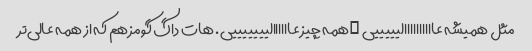
مثل همیشه عاااااااااالیییییی …همه چیز عاااااالیییییییی. هات داگ گومز هم که از همه عالی‌تر